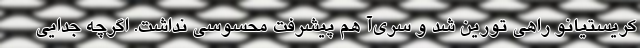
کریستیانو راهی تورین شد و سری‌آ هم پیشرفت محسوسی نداشت. اگرچه جدایی